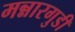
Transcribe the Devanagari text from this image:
मन्नारगुडी